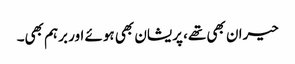
حیران بھی تھے، پریشان بھی ہوئے اور برہم بھی۔